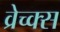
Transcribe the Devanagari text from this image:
व्रेच्क्स